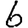
Digit: 6